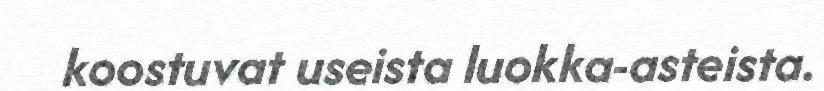
koostuvat useista luokka-asteista.